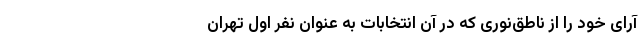
آرای خود را از ناطق‌نوری که در آن انتخابات به عنوان نفر اول تهران